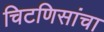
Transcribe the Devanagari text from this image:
चिटणिसांचा